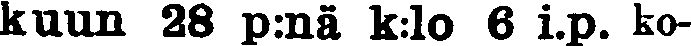
kuun 28 p:nä k:lo 6 i.p. ko-